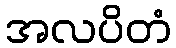
အလပိတံ